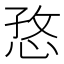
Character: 㤵